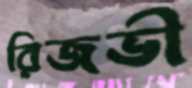
রিজভী